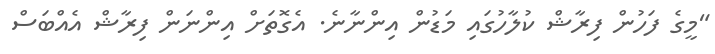
"މީގެ ފަހުން ފިރާޝް ކުލާހުގައި މަޑުން އިންނާނެ. އެގޮތަށް އިންނަން ފިރާޝް އެއްބަސް